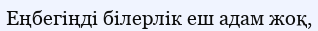
Еңбегіңді білерлік еш адам жоқ,